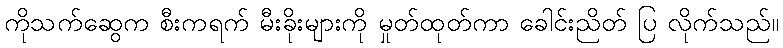
ကိုသက်ဆွေက စီးကရက် မီးခိုးများကို မှုတ်ထုတ်ကာ ခေါင်းညိတ် ပြ လိုက်သည်။